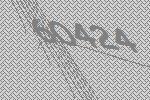
60424